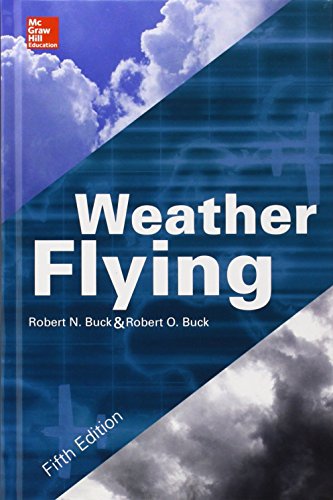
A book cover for Weather Flying, Fifth Edition; Robert Buck; Engineering & Transportation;